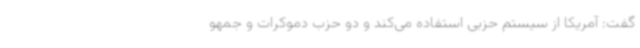
گفت: آمریکا از سیستم حزبی استفاده می‌کند و دو حزب دموکرات‌ و جمهو